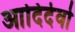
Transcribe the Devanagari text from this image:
आदिदेवो